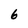
Character: 6